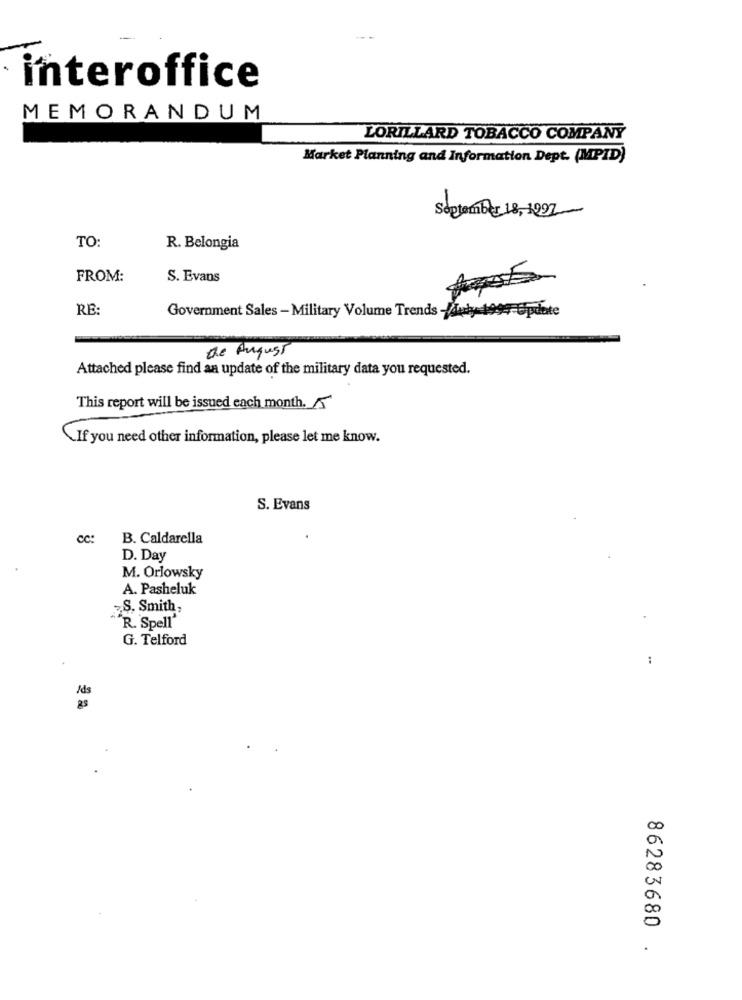
· interoffice
MEMORANDUM
LORILLARD TOBACCO COMPANY
Market Planning and Information Dept. (MPID)
September 18, 1997
TO:
R. Belongia
FROM:
S. Evans
RE:
Government Sales - Military Volume Trends -duty-1994
Update
the August
Attached please find an update of the military data you requested.
This report will be issued each month. 5
If you need other information, please let me know.
S. Evans
cc:
B. Caldarella
D. Day
M. Orlowsky
A. Pasheluk
S. Smith,
R. Spell'
G. Telford
:
Ads
00
00
.
86283680 .